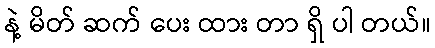
နဲ့ မိတ် ဆက် ပေး ထား တာ ရှိ ပါ တယ်။